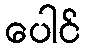
ပေါင်